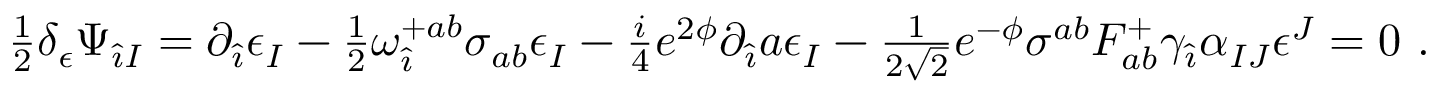
{ \textstyle \frac { 1 } { 2 } } \delta _ { \epsilon } \Psi _ { \hat { \imath } I } = \partial _ { \hat { \imath } } \epsilon _ { I } - { \textstyle \frac { 1 } { 2 } } \omega _ { \hat { \imath } } ^ { + a b } \sigma _ { a b } \epsilon _ { I } - { \textstyle \frac { i } { 4 } } e ^ { 2 \phi } \partial _ { \hat { \imath } } a \epsilon _ { I } - { \textstyle \frac { 1 } { 2 \sqrt { 2 } } } e ^ { - \phi } \sigma ^ { a b } F _ { a b } ^ { + } \gamma _ { \hat { \imath } } \alpha _ { I J } \epsilon ^ { J } = 0 \ .